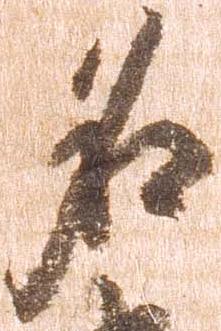
名